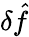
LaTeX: \delta\hat{f}